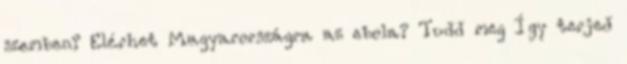
szemben? Elérhet Magyarországra az ebola? Tudd meg Így terjed